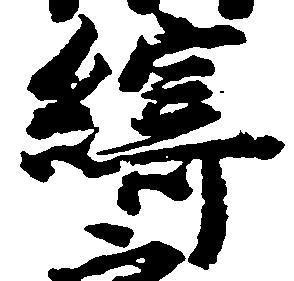
綺